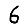
Digit: 6